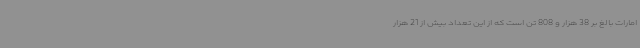
امارات بالغ بر 38 هزار و 808 تن است که از این تعداد بیش از 21 هزار